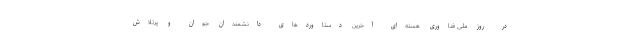
در روز ملی فناوری هسته‌ای آخرین دستاوردهای دانشمندان جوان و پرتلاش